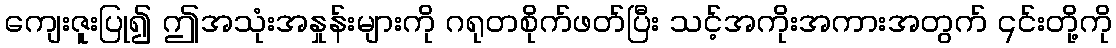
ကျေးဇူးပြု၍ ဤအသုံးအနှုန်းများကို ဂရုတစိုက်ဖတ်ပြီး သင့်အကိုးအကားအတွက် ၎င်းတို့ကို